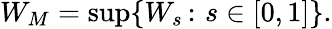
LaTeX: W_{M}=\operatorname*{sup}\{ W_{s}\, \colon\, s\in[0,1]\} .